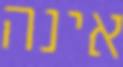
אינה